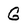
Character: G